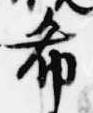
希